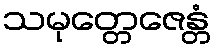
သမုတ္တေဇေန္တံ